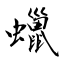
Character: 蠟